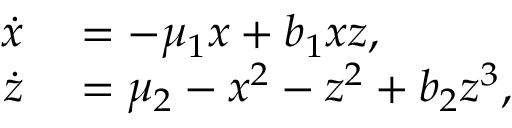
\begin{array} { r l } { \dot { x } } & { { } = - \mu _ { 1 } x + b _ { 1 } x z , } \\ { \dot { z } } & { { } = \mu _ { 2 } - x ^ { 2 } - z ^ { 2 } + b _ { 2 } z ^ { 3 } , } \end{array}